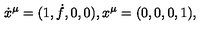
\dot { x } ^ { \mu } = ( 1 , \dot { f } , 0 , 0 ) , x ^ { \mu } = ( 0 , 0 , 0 , 1 ) ,